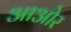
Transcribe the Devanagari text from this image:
आओर